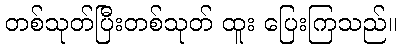
တစ်သုတ်ပြီးတစ်သုတ် ထူး ပြေးကြသည်။